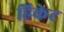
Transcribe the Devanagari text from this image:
हिकेट